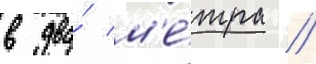
в два́ м'е́тра //